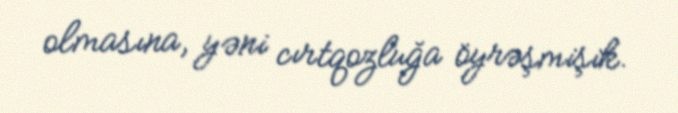
olmasına, yəni cırtqozluğa öyrəşmişik.